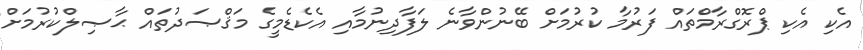
އެކި އެކި ޕްރޮގްރާމްތައް ފަރުމާ ކުރުމަށް ބޭނުންވާނެ ލަފާދިނުމާއި އެކެޑެމީގެ މަޤްޞަދުތައް ޙާޞިލްކުރުމަށް